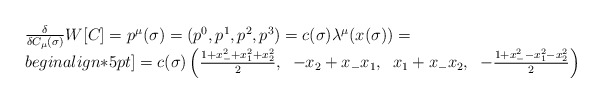
\begin{align*}\begin{array}{l}{\delta\over\delta C_{\mu}(\sigma)}W[C]=p^{\mu}(\sigma)=(p^0,p^1,p^2,p^3)= c(\sigma) \lambda^{\mu}(x(\sigma))=\\begin{align*}5pt]=c(\sigma)\left({1+x_-^2+x_1^2+x_2^2\over 2},\;\;-x_2+x_-x_1,\;\;x_1+x_-x_2,\;\;-{1+x_-^2-x_1^2-x_2^2\over 2}\right)\end{array}\end{align*}